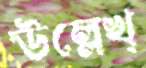
উল্লেখ্